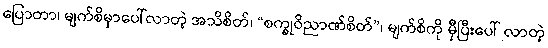
ပြောတာ၊ မျက်စိမှာပေါ်လာတဲ့ အသိစိတ်၊ “စက္ခုဝိညာဏ်စိတ်”၊ မျက်စိကို မှီပြီးပေါ် လာတဲ့